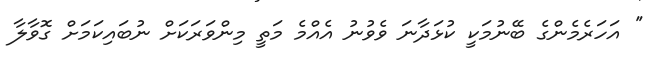
'' އަހަރެމެންގެ ބޭނުމަކީ ކުޅަދާނަ ވެވުނު އެއްމެ މަތީ މިންވަރަކަށް ނުބައިކަމަށް ގޮވާލާ